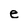
Character: e